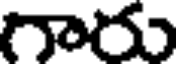
గారు